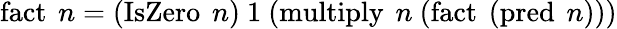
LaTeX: \operatorname{fact}\ n=(\operatorname{IsZero}\ n)\ 1\ (\operatorname{multiply}\ n\ (\operatorname{fact}\ (\operatorname{pred}\ n)))